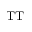
\mathrm { T T }